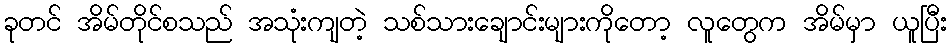
ခုတင် အိမ်တိုင်စသည် အသုံးကျတဲ့ သစ်သားချောင်းများကိုတော့ လူတွေက အိမ်မှာ ယူပြီး